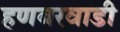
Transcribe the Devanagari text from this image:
हणबरवाडी